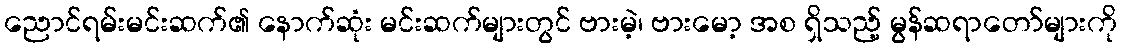
ညောင်ရမ်းမင်းဆက်၏ နောက်ဆုံး မင်းဆက်များတွင် ဗားမဲ့၊ ဗားမော့ အစ ရှိသည့် မွန်ဆရာတော်များကို